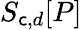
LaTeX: S_{\mathsf{c},d}[P]